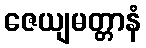
ဇေယျမတ္တာနံ